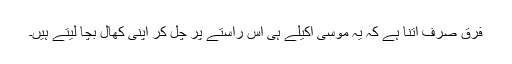
فرق صرف اتنا ہے کہ یہ موسیٰ اکیلے ہی اس راستے پر چل کر اپنی کھال بچا لیتے ہیں۔